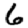
Digit: 6